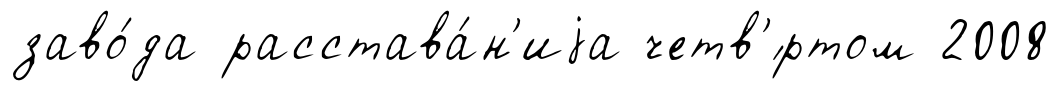
заво́да расстава́н'иjа четв'́ртом 2008